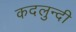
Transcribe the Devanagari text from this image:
कदलुन्दी